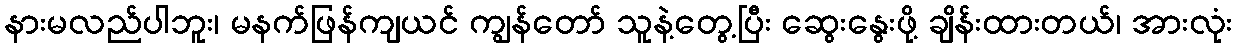
နားမလည်ပါဘူး၊ မနက်ဖြန်ကျယင် ကျွန်တော် သူနဲ့တွေ့ပြီး ဆွေးနွေးဖို့ ချိန်းထားတယ်၊ အားလုံး